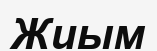
Жиым